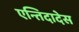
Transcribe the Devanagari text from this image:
एन्तिदादेस